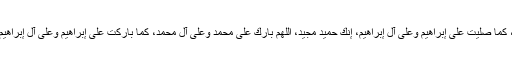
اللهم صلِّ على محمدٍ وعلى آل محمدٍ، كما صلَّيتَ على إبراهيم وعلى آل إبراهيم، إنك حميدٌ مجيد، اللهم بارِك على محمدٍ وعلى آل محمدٍ، كما باركتَ على إبراهيم وعلى آل إبراهيم، إنك حميدٌ مجيد، وسلم تسليما كثيرا۔